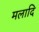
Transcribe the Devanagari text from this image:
मलादि